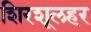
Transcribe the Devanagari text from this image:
शिरशूलहर